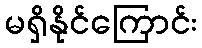
မရှိနိုင်ကြောင်း